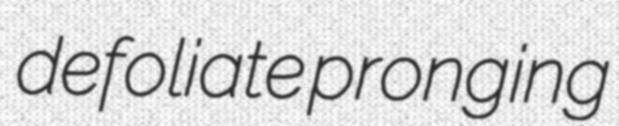
defoliate pronging